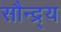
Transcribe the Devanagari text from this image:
सौन्द्र्य